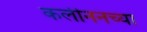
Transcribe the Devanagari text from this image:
कलीननच्या